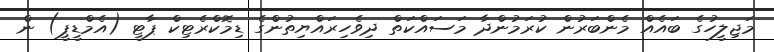
މަޖިލީހުގެ ބައެއް މެންބަރުން ކުރަމުންދާ މަސައްކަތް ދިވެހިރައްޔިތުންގެ ޑިމޮކްރެޓިކް ޕާޓީ (އެމްޑީޕީ) ން